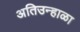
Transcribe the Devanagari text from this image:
अतिउन्हाळा